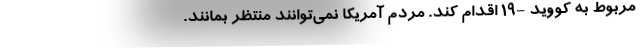
مربوط به کووید -۱۹ اقدام کند. مردم آمریکا نمی‌توانند منتظر بمانند.